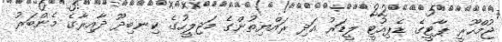
ޖުމްހޫރީ ޕާޓީގެ ޑެޕިއުޓީ ލީޑަރު އަދި ރައްޔިތުންގެ މަޖިލީހުގެ ކިނބިދޫ ދާއިރާގެ މެންބަރު